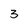
Character: 3